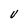
Character: U